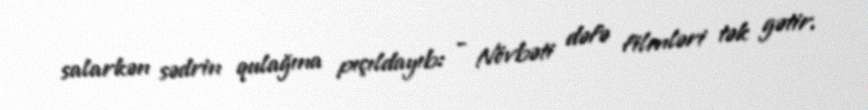
salarkən sədrin qulağına pıçıldayıb: - Növbəti dəfə filmləri tək gətir.